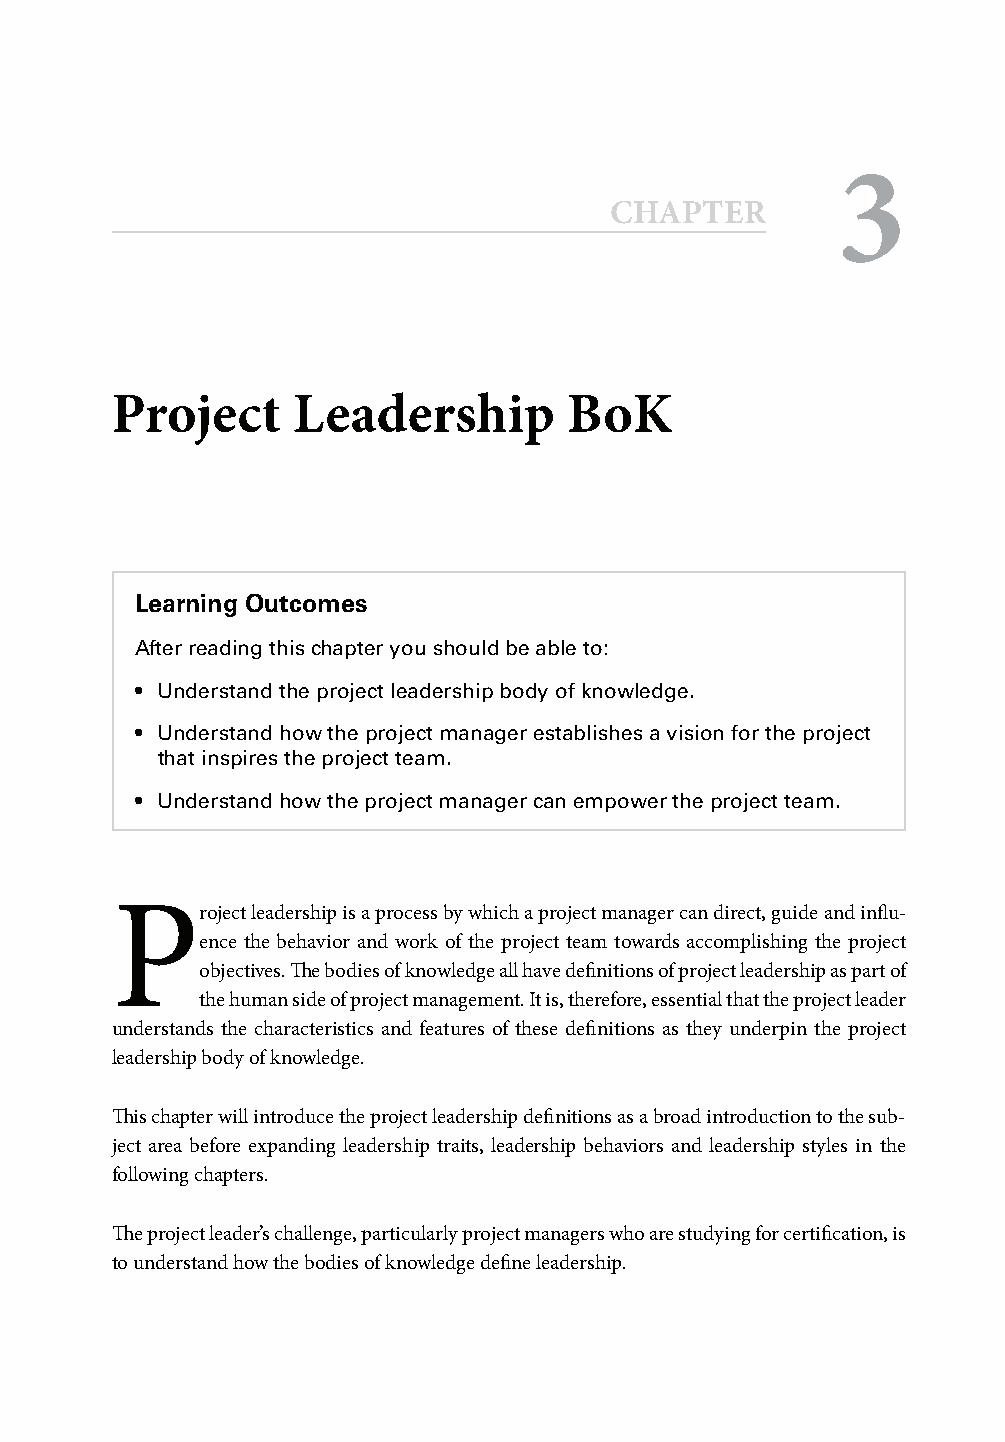
3
 CCHHAAPPTTEERR
 Project     Leadership        BoK
 Learning Outcomes
 After reading this chapter you should be able to:
 • Understand the project leadership body of knowledge.
 • Understand how the project manager establishes a vision for the project
 that inspires the project team.
 • Understand how the project manager can empower the project team.
 P
 roject leadership is a process by which a project manager can direct, guide and infl u-
 ence the behavior and work of the project team towards accomplishing the project
 objectives. Th e bodies of knowledge all have defi nitions of project leadership as part of
 the human side of project management. It is, therefore, essential that the project leader
 understands the characteristics and features of these defi nitions as they underpin the project
 leadership body of knowledge.
 Th is chapter will introduce the project leadership defi nitions as a broad introduction to the sub-
 ject area before expanding leadership traits, leadership behaviors and leadership styles in the
 following chapters.
 Th e project leader’s challenge, particularly project managers who are studying for certifi cation, is
 to understand how the bodies of knowledge defi ne leadership.